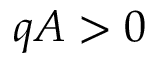
q A > 0